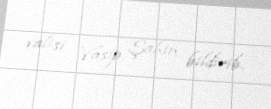
valisi Vasip Şahin bildirib.